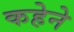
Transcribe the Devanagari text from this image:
कहेने